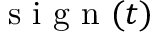
\mathrm { ~ s ~ i ~ g ~ n ~ } ( t )